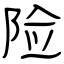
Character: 险